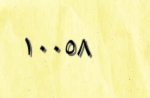
١٠٠٥٨